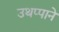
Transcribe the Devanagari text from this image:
उथप्पाने